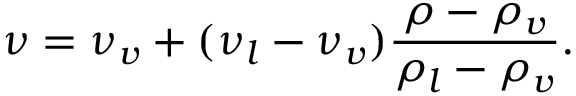
\nu = { \nu _ { v } } + ( { \nu _ { l } } - { \nu _ { v } } ) \frac { { \rho - { \rho _ { v } } } } { { { \rho _ { l } } - { \rho _ { v } } } } .